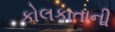
કોલકાતાની